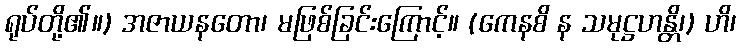
ရုပ်တို့၏။) အဇာယနတော၊ မဖြစ်ခြင်းကြောင့်။ (ကေနစိ န သမုဋ္ဌဟန္တိ၊) ဟိ၊